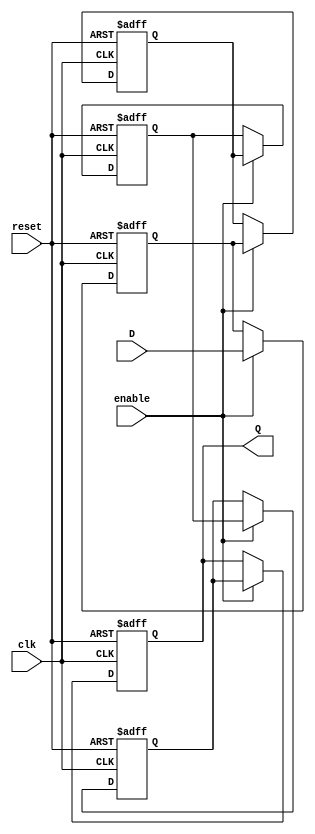
module multistage_register #(
    parameter N = 4,               // Number of stages
    parameter DATA_WIDTH = 8       // Width of the data
)(
    input wire clk,                // Clock signal
    input wire reset,              // Asynchronous reset signal
    input wire enable,             // Enable signal
    input wire [DATA_WIDTH-1:0] D, // Data input
    output reg [DATA_WIDTH-1:0] Q  // Data output
);

    // Internal registers for each stage
    reg [DATA_WIDTH-1:0] stage [0:N-1];

    integer i;

    always @(posedge clk or posedge reset) begin
        if (reset) begin
            // Asynchronous reset: clear all stages
            for (i = 0; i < N; i = i + 1) begin
                stage[i] <= {DATA_WIDTH{1'b0}};
            end
            Q <= {DATA_WIDTH{1'b0}}; // Clear output as well
        end else if (enable) begin
            // Shift data through the stages
            stage[0] <= D; // Load input into the first stage
            for (i = 1; i < N; i = i + 1) begin
                stage[i] <= stage[i-1]; // Shift data to the next stage
            end
            Q <= stage[N-1]; // Output the last stage
        end
    end

endmodule